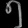
Digit: ၅